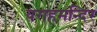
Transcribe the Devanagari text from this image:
वराहमन्दिर